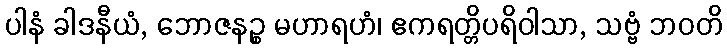
ပါနံ ခါဒနီယံ, ဘောဇနဉ္စ မဟာရဟံ၊ ဧကရတ္တိပရိဝါသာ, သဗ္ဗံ ဘဝတိ